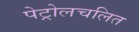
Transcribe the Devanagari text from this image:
पेट्रोलचलित